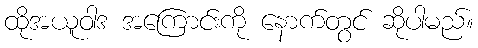
ထိုအယူဝါဒ အကြောင်းကို နောက်တွင် ဆိုပါမည်။